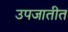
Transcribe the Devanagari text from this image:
उपजातीत